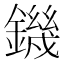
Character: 鐖